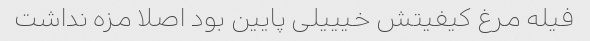
فیله مرغ کیفیتش خیییلی پایین بود اصلا مزه نداشت